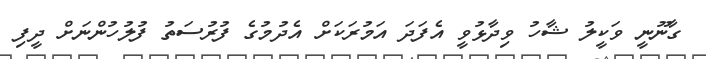
ގާނޫނީ ވަކީލު ޝާހު ވިދާޅުވީ އެފަދަ އަމުރަކަށް އެދުމުގެ ފުރުސަތު ފުލުހުންނަށް ދީފި